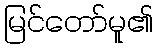
မြင်တော်မူ၏